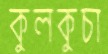
কুলকুচা